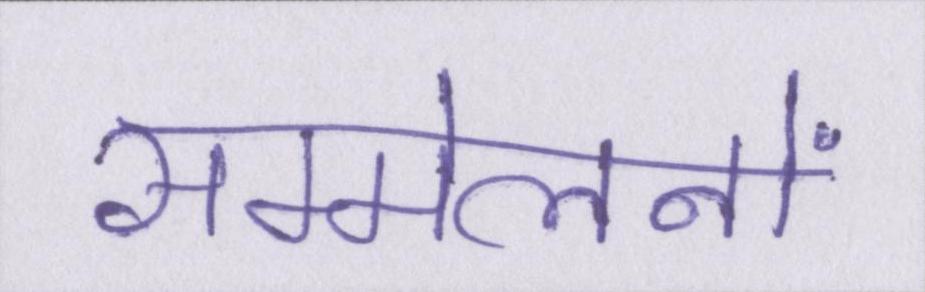
सम्मेलनों